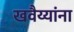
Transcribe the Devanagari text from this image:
खवैय्यांना